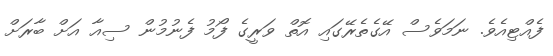
ފެއްޓިއެވެ. ނަމަވެސް އޭގެތެރޭގައި އޮތް ވަރީގެ ފޯމު ފެނުމުން ސިއާ އަށް ބާރަށް